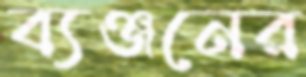
ব্যঞ্জনের